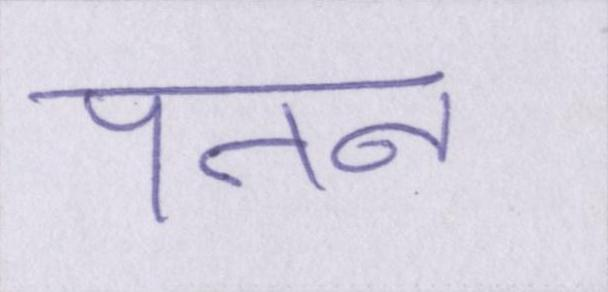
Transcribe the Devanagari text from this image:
पतन